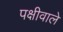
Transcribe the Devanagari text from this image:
पक्षीवाले